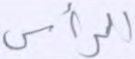
الرأس